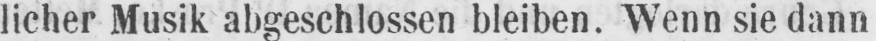
licher Musik abgeschlossen bleiben. Wenn sie dann